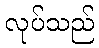
လုပ်သည်